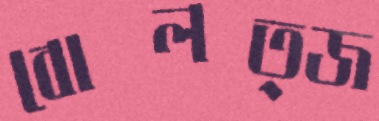
বোলত্জ